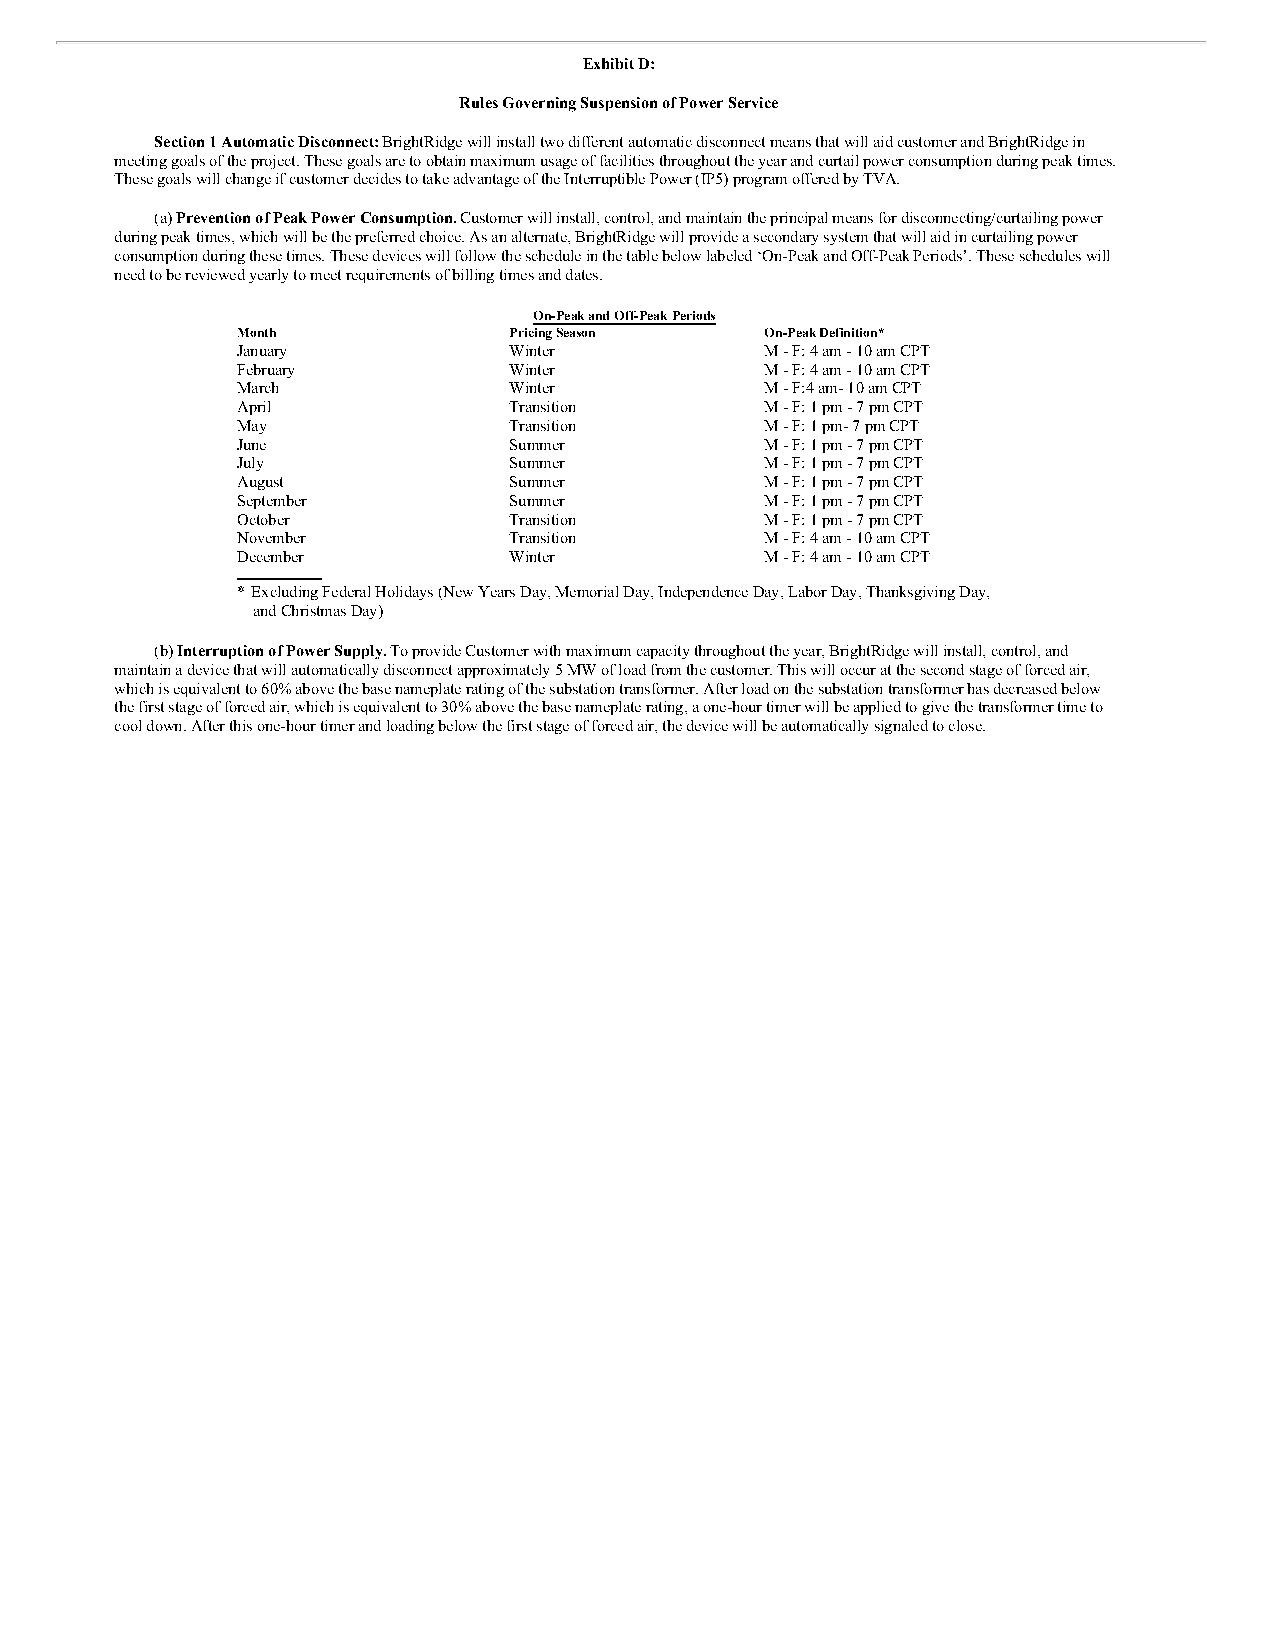
Exhibit D:
 Rules Governing Suspension of Power Service
 Section 1 Automatic Disconnect: BrightRidge will install two different automatic disconnect means that will aid customer and BrightRidge in
 meeting goals of the project. These goals are to obtain maximum usage of facilities throughout the year and curtail power consumption during peak times.
 These goals will change if customer decides to take advantage of the Interruptible Power (IP5) program offered by TVA.
 (a) Prevention of Peak Power Consumption. Customer will install, control, and maintain the principal means for disconnecting/curtailing power
 during peak times, which will be the preferred choice. As an alternate, BrightRidge will provide a secondary system that will aid in curtailing power
 consumption during these times. These devices will follow the schedule in the table below labeled ‘On-Peak and Off-Peak Periods’. These schedules will
 need to be reviewed yearly to meet requirements of billing times and dates.
 On-Peak and Off-Peak Periods
 Month             Pricing Season   On-Peak Definition*
 January           Winter           M - F: 4 am - 10 am CPT
 February          Winter           M - F: 4 am - 10 am CPT
 March             Winter           M - F:4 am- 10 am CPT
 April             Transition       M - F: 1 pm - 7 pm CPT
 May               Transition       M - F: 1 pm- 7 pm CPT
 June              Summer           M - F: 1 pm - 7 pm CPT
 July              Summer           M - F: 1 pm - 7 pm CPT
 August            Summer           M - F: 1 pm - 7 pm CPT
 September         Summer           M - F: 1 pm - 7 pm CPT
 October           Transition       M - F: 1 pm - 7 pm CPT
 November          Transition       M - F: 4 am - 10 am CPT
 December          Winter           M - F: 4 am - 10 am CPT
 * Excluding Federal Holidays (New Years Day, Memorial Day, Independence Day, Labor Day, Thanksgiving Day,
 and Christmas Day)
 (b) Interruption of Power Supply. To provide Customer with maximum capacity throughout the year, BrightRidge will install, control, and
 maintain a device that will automatically disconnect approximately 5 MW of load from the customer. This will occur at the second stage of forced air,
 which is equivalent to 60% above the base nameplate rating of the substation transformer. After load on the substation transformer has decreased below
 the first stage of forced air, which is equivalent to 30% above the base nameplate rating, a one-hour timer will be applied to give the transformer time to
 cool down. After this one-hour timer and loading below the first stage of forced air, the device will be automatically signaled to close.